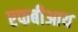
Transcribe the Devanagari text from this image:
एफबीआय